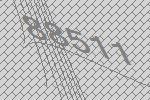
88511